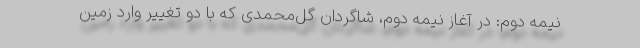
نیمه دوم: در آغاز نیمه دوم، شاگردان گل‌محمدی که با دو تغییر وارد زمین